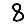
Digit: 8